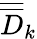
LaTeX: \overline{{\overline{{D}}}}_{k}